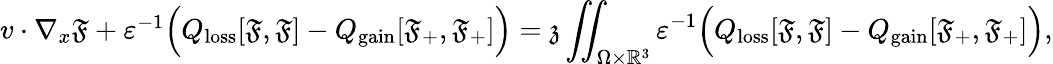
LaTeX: \begin{array}{r}{v\cdot\nabla_{x}\mathfrak{F}+\varepsilon^{-1}\Big(Q_{\mathrm{loss}}[\mathfrak{F},\mathfrak{F}]-Q_{\mathrm{gain}}[\mathfrak{F}_{+},\mathfrak{F}_{+}]\Big)=\mathfrak{z}\displaystyle\iint_{\Omega\times\mathbb{R}^{3}}\varepsilon^{-1}\Big(Q_{\mathrm{loss}}[\mathfrak{F},\mathfrak{F}]-Q_{\mathrm{gain}}[\mathfrak{F}_{+},\mathfrak{F}_{+}]\Big),}\end{array}